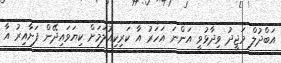
އަބްދުލް މަޖީދު ވިދާޅުވީ އަންނަ އަހަރު އާ ކަރިކިއުލަމަށް ކިޔަވައިދޭން ފަށާއިރު އާ